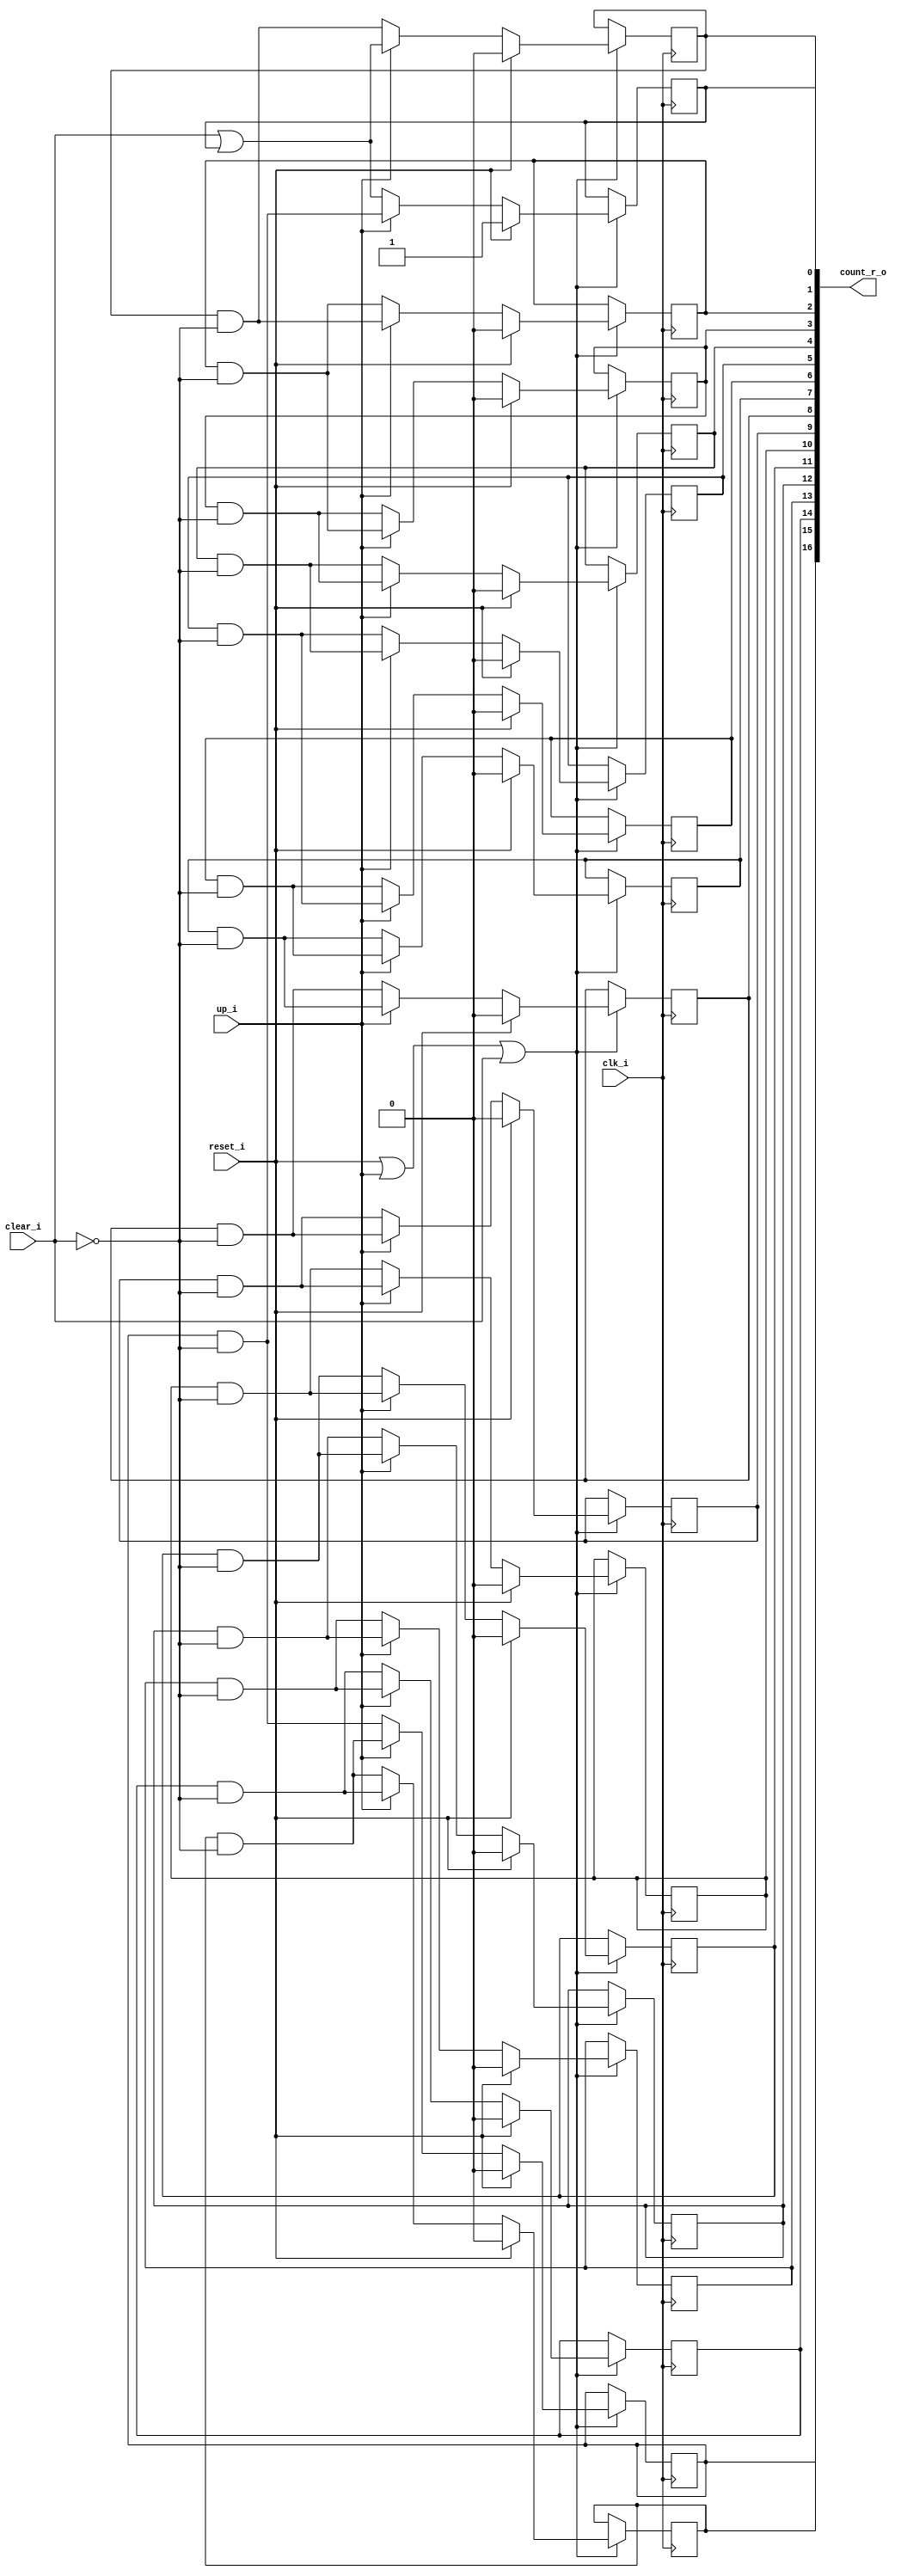
/* Generated by Yosys 0.27+9 (git sha1 101d19bb6, gcc 11.2.0-7ubuntu2 -fPIC -Os) */

(* top =  1  *)

module bsg_counter_clear_up_one_hot(clk_i, reset_i, clear_i, up_i, count_r_o);
  
  wire [16:0] _00_;
  wire _01_;
  wire _02_;
  wire _03_;
  wire _04_;
  wire _05_;
  wire _06_;
  wire _07_;
  wire _08_;
  wire _09_;
  wire _10_;
  wire _11_;
  wire _12_;
  wire _13_;
  wire _14_;
  wire _15_;
  wire _16_;
  wire _17_;
  wire _18_;
  
  wire _19_;
  
  reg [16:0] bits_r;
  
  input clear_i;
  wire clear_i;
  
  input clk_i;
  wire clk_i;
  
  output [16:0] count_r_o;
  wire [16:0] count_r_o;
  
  input reset_i;
  wire reset_i;
  
  input up_i;
  wire up_i;
  assign _01_ = bits_r[2] & ~(clear_i);
  assign _02_ = bits_r[1] & ~(clear_i);
  assign _00_[2] = up_i ? _02_ : _01_;
  assign _03_ = bits_r[3] & ~(clear_i);
  assign _00_[3] = up_i ? _01_ : _03_;
  assign _04_ = bits_r[4] & ~(clear_i);
  assign _00_[4] = up_i ? _03_ : _04_;
  assign _05_ = bits_r[5] & ~(clear_i);
  assign _00_[5] = up_i ? _04_ : _05_;
  assign _06_ = bits_r[6] & ~(clear_i);
  assign _00_[6] = up_i ? _05_ : _06_;
  assign _07_ = bits_r[7] & ~(clear_i);
  assign _00_[7] = up_i ? _06_ : _07_;
  assign _08_ = bits_r[8] & ~(clear_i);
  assign _00_[8] = up_i ? _07_ : _08_;
  assign _09_ = bits_r[9] & ~(clear_i);
  assign _00_[9] = up_i ? _08_ : _09_;
  assign _10_ = bits_r[10] & ~(clear_i);
  assign _00_[10] = up_i ? _09_ : _10_;
  assign _11_ = bits_r[11] & ~(clear_i);
  assign _00_[11] = up_i ? _10_ : _11_;
  assign _12_ = bits_r[12] & ~(clear_i);
  assign _00_[12] = up_i ? _11_ : _12_;
  assign _13_ = bits_r[13] & ~(clear_i);
  assign _00_[13] = up_i ? _12_ : _13_;
  assign _14_ = bits_r[14] & ~(clear_i);
  assign _00_[14] = up_i ? _13_ : _14_;
  assign _15_ = bits_r[15] & ~(clear_i);
  assign _00_[15] = up_i ? _14_ : _15_;
  assign _16_ = bits_r[16] & ~(clear_i);
  assign _00_[16] = up_i ? _15_ : _16_;
  assign _17_ = clear_i | bits_r[0];
  assign _00_[0] = up_i ? _16_ : _17_;
  assign _00_[1] = up_i ? _17_ : _02_;
  assign _18_ = reset_i | up_i;
  assign _19_ = _18_ | clear_i;
  (* \always_ff  = 32'd1 *)
  
  always @(posedge clk_i)
    if (_19_)
      if (reset_i) bits_r[0] <= 1'h1;
      else bits_r[0] <= _00_[0];
  (* \always_ff  = 32'd1 *)
  
  always @(posedge clk_i)
    if (_19_)
      if (reset_i) bits_r[1] <= 1'h0;
      else bits_r[1] <= _00_[1];
  (* \always_ff  = 32'd1 *)
  
  always @(posedge clk_i)
    if (_19_)
      if (reset_i) bits_r[2] <= 1'h0;
      else bits_r[2] <= _00_[2];
  (* \always_ff  = 32'd1 *)
  
  always @(posedge clk_i)
    if (_19_)
      if (reset_i) bits_r[3] <= 1'h0;
      else bits_r[3] <= _00_[3];
  (* \always_ff  = 32'd1 *)
  
  always @(posedge clk_i)
    if (_19_)
      if (reset_i) bits_r[4] <= 1'h0;
      else bits_r[4] <= _00_[4];
  (* \always_ff  = 32'd1 *)
  
  always @(posedge clk_i)
    if (_19_)
      if (reset_i) bits_r[5] <= 1'h0;
      else bits_r[5] <= _00_[5];
  (* \always_ff  = 32'd1 *)
  
  always @(posedge clk_i)
    if (_19_)
      if (reset_i) bits_r[6] <= 1'h0;
      else bits_r[6] <= _00_[6];
  (* \always_ff  = 32'd1 *)
  
  always @(posedge clk_i)
    if (_19_)
      if (reset_i) bits_r[7] <= 1'h0;
      else bits_r[7] <= _00_[7];
  (* \always_ff  = 32'd1 *)
  
  always @(posedge clk_i)
    if (_19_)
      if (reset_i) bits_r[8] <= 1'h0;
      else bits_r[8] <= _00_[8];
  (* \always_ff  = 32'd1 *)
  
  always @(posedge clk_i)
    if (_19_)
      if (reset_i) bits_r[9] <= 1'h0;
      else bits_r[9] <= _00_[9];
  (* \always_ff  = 32'd1 *)
  
  always @(posedge clk_i)
    if (_19_)
      if (reset_i) bits_r[10] <= 1'h0;
      else bits_r[10] <= _00_[10];
  (* \always_ff  = 32'd1 *)
  
  always @(posedge clk_i)
    if (_19_)
      if (reset_i) bits_r[11] <= 1'h0;
      else bits_r[11] <= _00_[11];
  (* \always_ff  = 32'd1 *)
  
  always @(posedge clk_i)
    if (_19_)
      if (reset_i) bits_r[12] <= 1'h0;
      else bits_r[12] <= _00_[12];
  (* \always_ff  = 32'd1 *)
  
  always @(posedge clk_i)
    if (_19_)
      if (reset_i) bits_r[13] <= 1'h0;
      else bits_r[13] <= _00_[13];
  (* \always_ff  = 32'd1 *)
  
  always @(posedge clk_i)
    if (_19_)
      if (reset_i) bits_r[14] <= 1'h0;
      else bits_r[14] <= _00_[14];
  (* \always_ff  = 32'd1 *)
  
  always @(posedge clk_i)
    if (_19_)
      if (reset_i) bits_r[15] <= 1'h0;
      else bits_r[15] <= _00_[15];
  (* \always_ff  = 32'd1 *)
  
  always @(posedge clk_i)
    if (_19_)
      if (reset_i) bits_r[16] <= 1'h0;
      else bits_r[16] <= _00_[16];
  assign count_r_o = bits_r;
endmodule